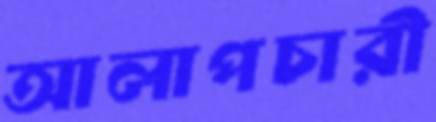
আলাপচারী